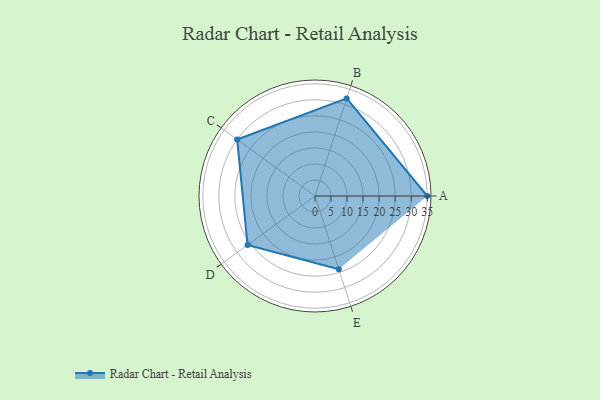
{"axis": {"x": "Skill", "y": "Score"}, "legend": ["Profile"], "data": [{"x": "A", "y": 35.0, "type": "Profile"}, {"x": "B", "y": 32.0, "type": "Profile"}, {"x": "C", "y": 30.0, "type": "Profile"}, {"x": "D", "y": 26.0, "type": "Profile"}, {"x": "E", "y": 24.0, "type": "Profile"}]}